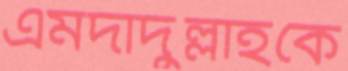
এমদাদুল্লাহকে